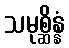
သမုစ္ဆိန္နံ